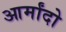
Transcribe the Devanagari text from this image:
आर्मांदो